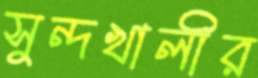
সুন্দখালীর